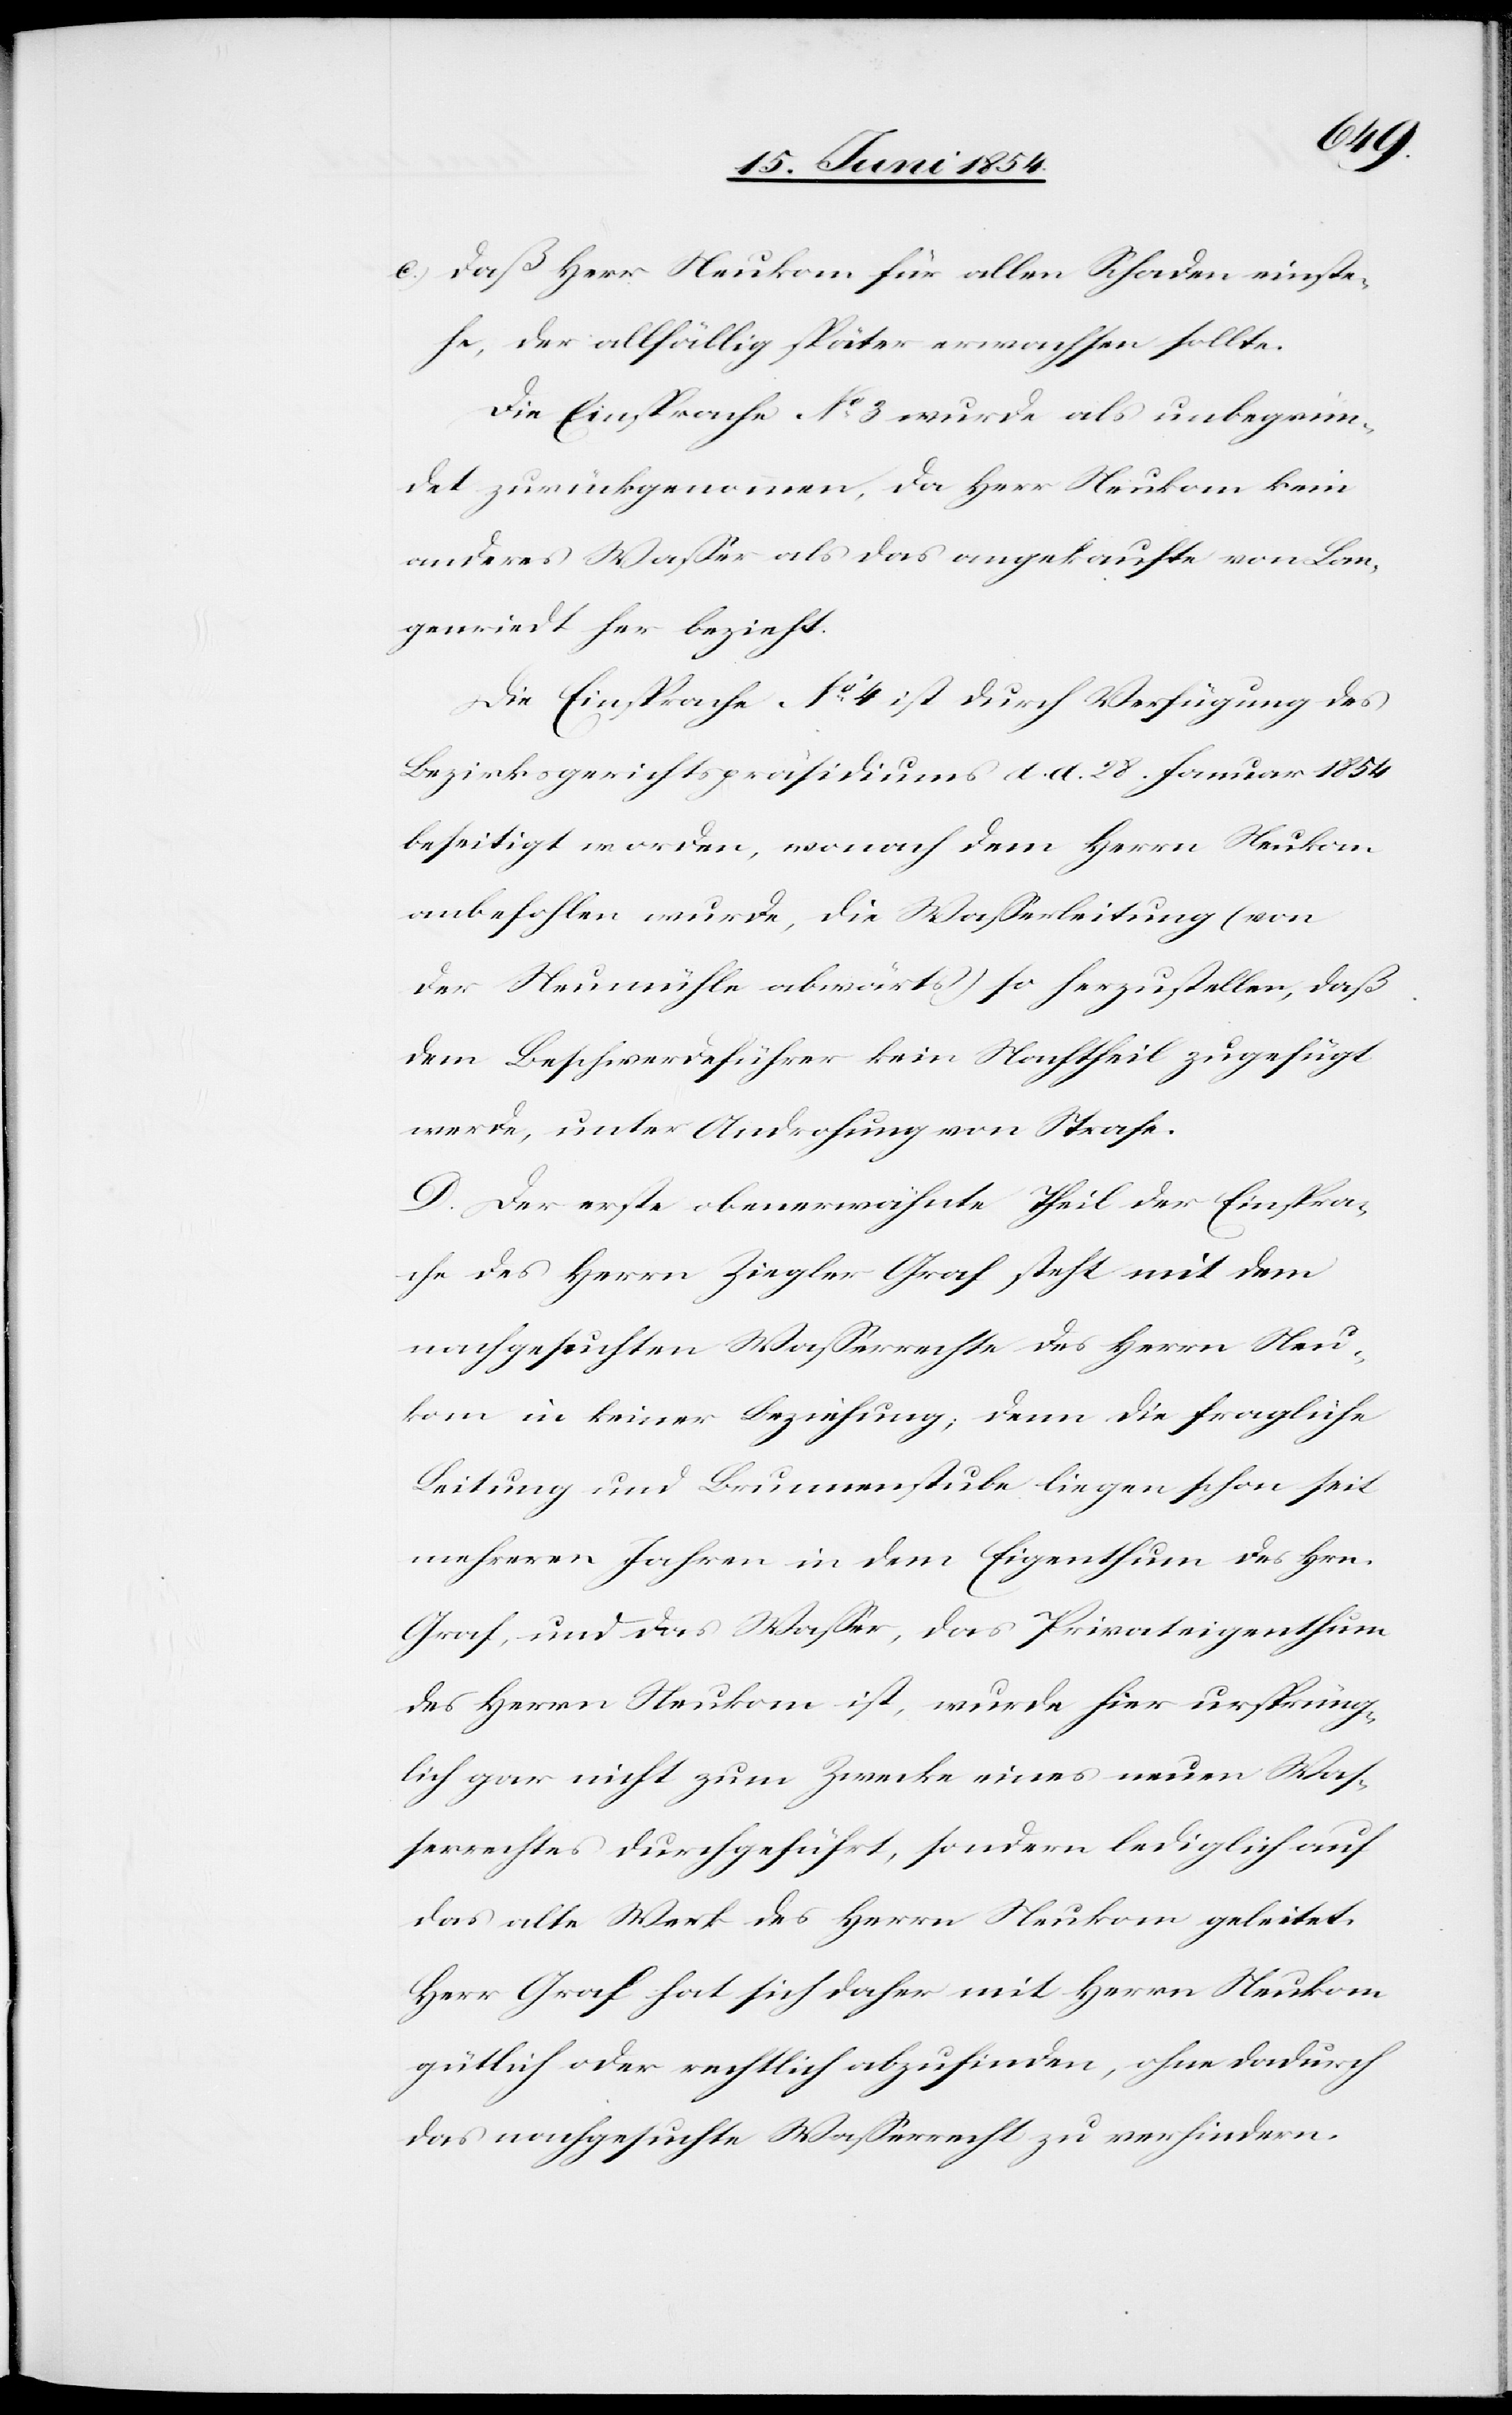
c.) daß Herr Neukom für allen Schaden einste¬
he, der allfällig später erwachsen sollte.
Die Einsprache No 3 wurde als unbegrün¬
det zurückgenommen, da Herr Neukom kein
anderes Waßer als das angekauft von Lan¬
genriedt her bezieht.
Die Einsprache No 4 ist durch Verfügung des
Bezirksgerichtspräsidiums d. d. 28. Januar 1854
beseitigt worden, wonach dem Herrn Neukom
anbefohlen wurde, die Waßerleitung (von
der Neumühle abwärts) so herzustellen, daß
dem Beschwerdeführer kein Nachtheil zugefügt
werde, unter Androhung von Strafe.
D. Der erste obenerwähnte Theil der Einspra¬
che des Herrn Ziegler Graf steht mit dem
nachgesuchten Waßerrechte des Herrn Neu¬
kom in keiner Beziehung; denn die fragliche
Leitung und Brunnenstube liegen schon seit
mehreren Jahren in dem Eigenthum des Hrn.
Graf, und das Waßer, das Privateigenthum
des Herrn Neukom ist, wurde hier ursprüng¬
lich gar nicht zum Zwecke eines neuen Waß¬
errechtes durchgeführt, sondern lediglich auf
das alte Werk des Herrn Neukom geleitet.
Herr Graf hat sich daher mit Herrn Neukom
gütlich oder rechtlich abzufinden, ohne dadurch
das nachgesuchte Waßerrecht zu verhindern.